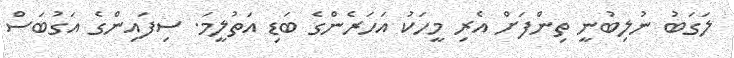
ލަގަބު ނުލިބުނީ ތިންފަށް އެރި މީހަކު އަހަރެންގެ ބަޑި އަތުލީމަ. ސިފައިންގެ އަގުބަސް